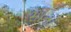
સીનો